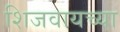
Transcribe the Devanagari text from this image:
शिजवायच्या